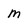
Character: m